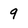
Character: 9